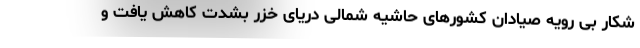
شکار بی رویه صیادان کشورهای حاشیه شمالی دریای خزر بشدت کاهش یافت و